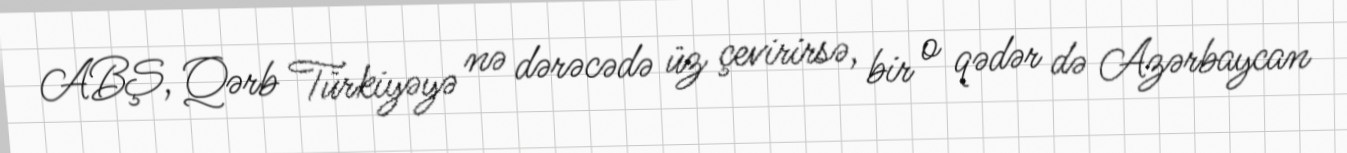
ABŞ, Qərb Türkiyəyə nə dərəcədə üz çevirirsə, bir o qədər də Azərbaycan